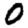
Digit: 0